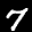
Label: 7